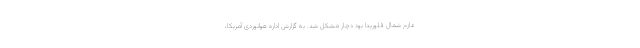
عازم شمال فلوریدا بود دچار مشکل شد. به گزارش اداره هوانوردی آمریکا،